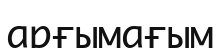
арғымағым